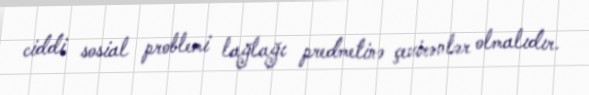
ciddi sosial problemi lağlağı predmetinə çevirənlər olmalıdır.